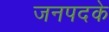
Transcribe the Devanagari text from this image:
जनपदके